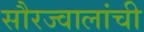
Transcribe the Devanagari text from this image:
सौरज्वालांची